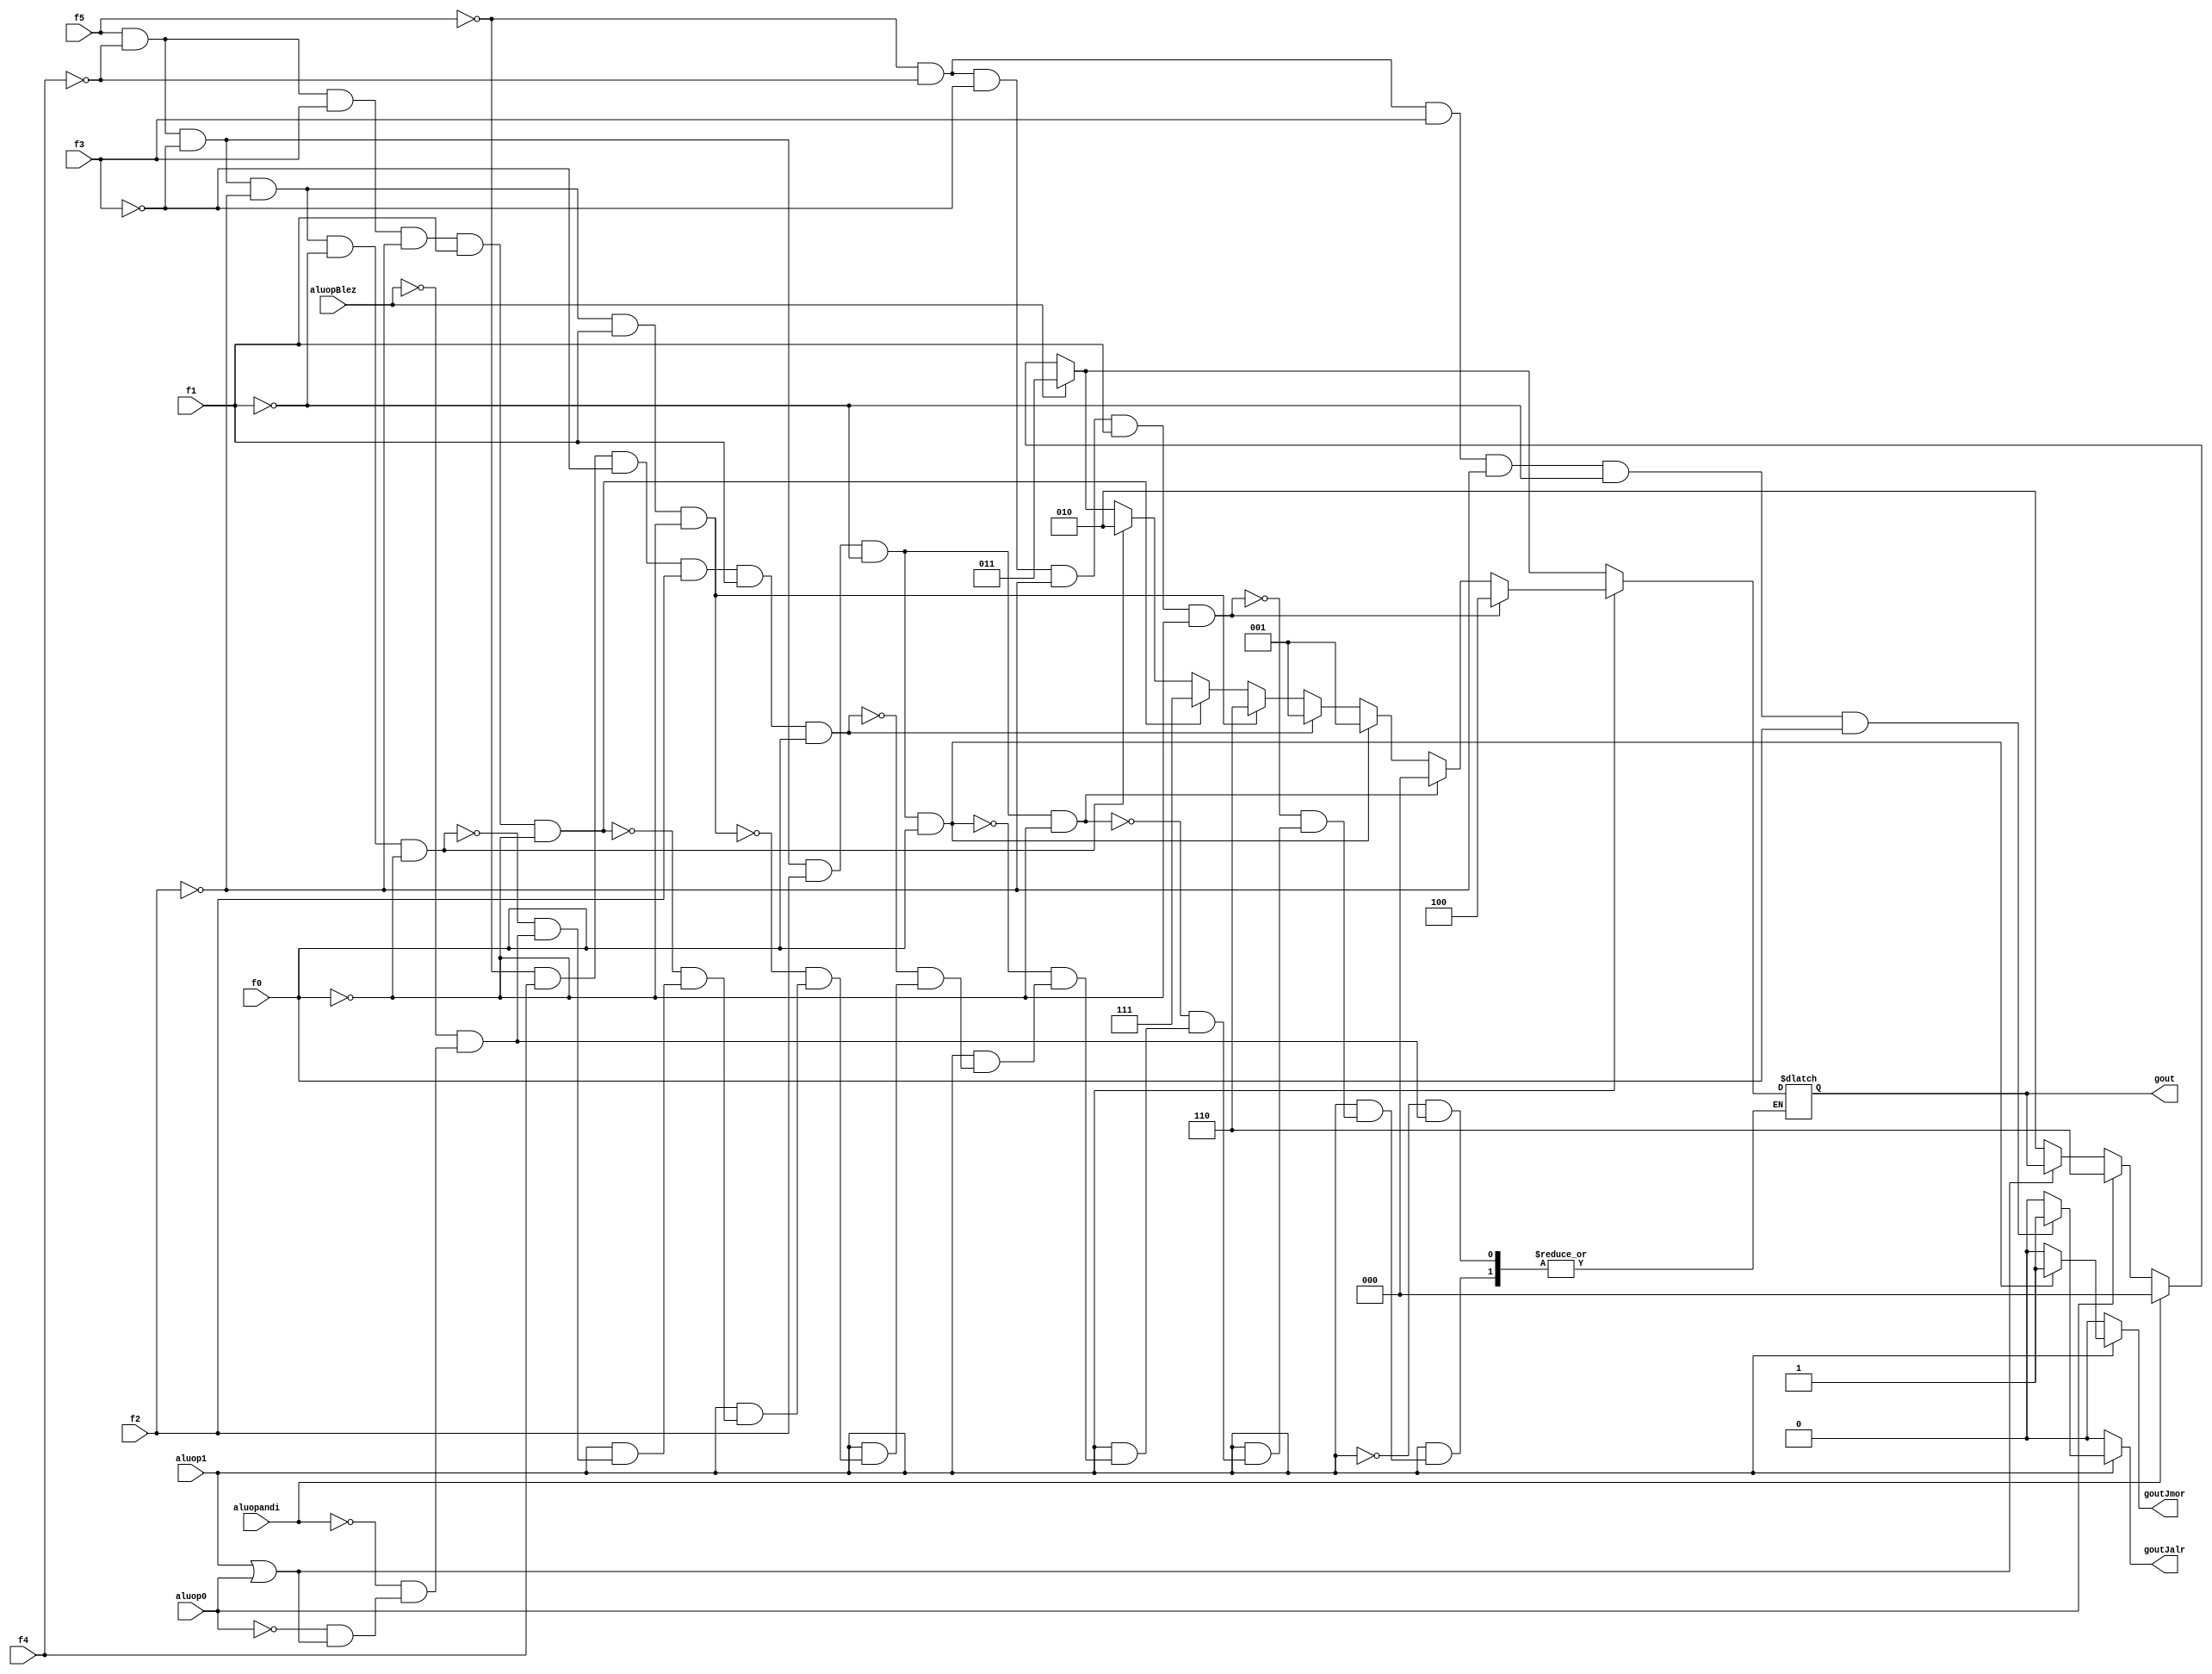
module alucont(aluopBlez,aluopandi,aluop1,aluop0,f5,f4,f3,f2,f1,f0,gout,goutJmor,goutJalr);//Figure 4.12 
input aluopBlez,aluopandi,aluop1,aluop0,f5,f4,f3,f2,f1,f0;
output [2:0] gout;
output goutJmor;
output goutJalr;
reg [2:0] gout;
reg goutJmor;
reg goutJalr;
always @(aluopBlez or aluopandi or aluop1 or aluop0 or f5 or f4 or f3 or f2 or f1 or f0)
begin
if(~(aluop1|aluop0))  gout=3'b010;
if(1)  goutJmor=1'b0;
if(1)  goutJalr=1'b0;
if(aluop0)gout=3'b110;
if(aluopandi)gout=3'b000; // eer aluop2=1 ise andi demek ve aluya 000 sinyalini gnderirim
if(aluopBlez)gout=3'b011;
if(aluop1)//R-type
begin
	if (f5&~(f4)&~(f3)&~(f2)&~(f1)&~(f0))gout=3'b010; 	//function code=0000,ALU control=010 (add)
	if (f5&~(f4)&f3&~(f2)&f1&~(f0))gout=3'b111;	//function code=1x1x,ALU control=111 (set on less than)
	if (f5&~(f4)&~(f3)&~(f2)&f1&~(f0))gout=3'b110;	//function code=0x10,ALU control=110 (sub)
	if (~f5&(f4)&~(f3)&(f2)&f1&(f0))gout=3'b001;	//function code=x1x1,ALU control=001 (or)
	if (f5&~(f4)&~(f3)&f2&~(f1)&f0)gout=3'b001;	//jmor output = or ile ayn -- 100101
	if (f5&~(f4)&~(f3)&f2&~(f1)&f0)goutJmor=1'b1;
	if (~(f5)&~(f4)&f3&~(f2)&~(f1)&f0)goutJalr=1'b1;	//jalr output 001001 ---
	if (f5&~(f4)&~(f3)&f2&~(f1)&~(f0))gout=3'b000;	//function code=x1x0,ALU control=000 (and)
	if (~(f5)&~(f4)&~(f3)&~(f2)&f1&~(f0))gout=3'b100;	//funciton code 000010 (srl)
	
end
end
endmodule